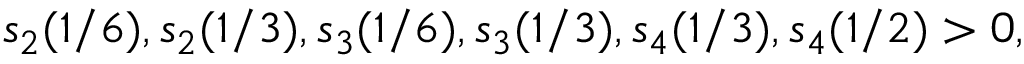
s _ { 2 } ( 1 / 6 ) , s _ { 2 } ( 1 / 3 ) , s _ { 3 } ( 1 / 6 ) , s _ { 3 } ( 1 / 3 ) , s _ { 4 } ( 1 / 3 ) , s _ { 4 } ( 1 / 2 ) > 0 ,